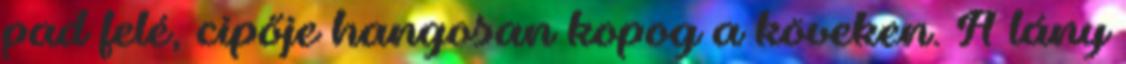
pad felé, cipője hangosan kopog a köveken. A lány